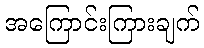
အကြောင်းကြားချက်